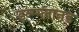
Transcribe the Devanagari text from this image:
इन्ग्ग्लानड